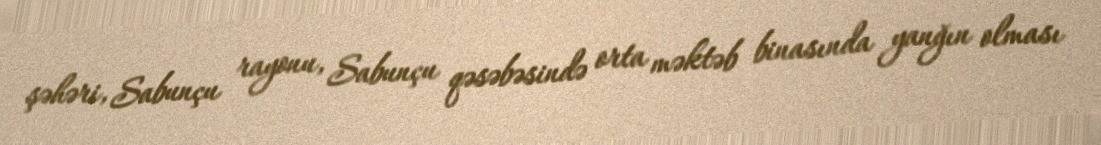
şəhəri, Sabunçu rayonu, Sabunçu qəsəbəsində orta məktəb binasında yanğın olması